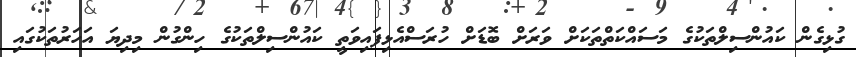
ގުޅިގެން ކައުންސިލްތަކުގެ މަސައްކަތްތަކަށް ވަރަށް ބޮޑަށް ހުރަސްއެޅިފައިވަތީ ކައުންސިލްތަކުގެ ހިންގުން މިދިޔަ އަހަރުތަކުގައި